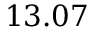
1 3 . 0 7